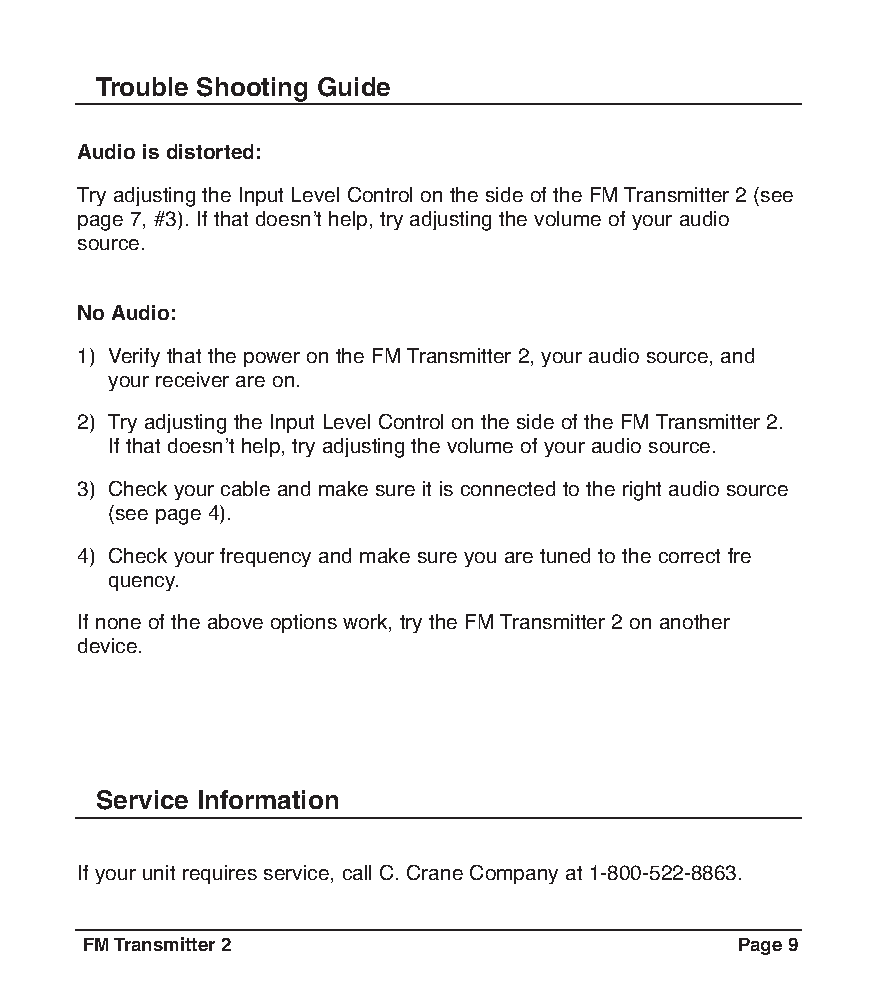
Trouble Shooting Guide
 Audio is distorted:
 Try adjusting the Input Level Control on the side of the FMTransmitter 2 (see
 page 7, #3). If that doesnʼt help, try adjusting the volume of your audio
 source.
 No Audio:
 1) Verify that the power on the FMTransmitter 2, your audio source, and
 your receiver are on.
 2) Try adjusting the Input Level Control on the side of the FMTransmitter 2.
 If that doesnʼt help, try adjusting the volume of your audio source.
 3) Check your cable and make sure it is connected to the right audio source
 (see page 4).
 4) Check your frequency and make sure you are tuned to the correct fre
 quency.
 If none of the above options work, try the FMTransmitter 2 on another
 device.
 Service Information
 If your unit requires service, call C. Crane Company at 1-800-522-8863.
 FMTransmitter2                              Page9